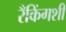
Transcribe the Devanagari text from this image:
रँकिंगशी